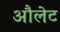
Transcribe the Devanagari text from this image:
औलेट